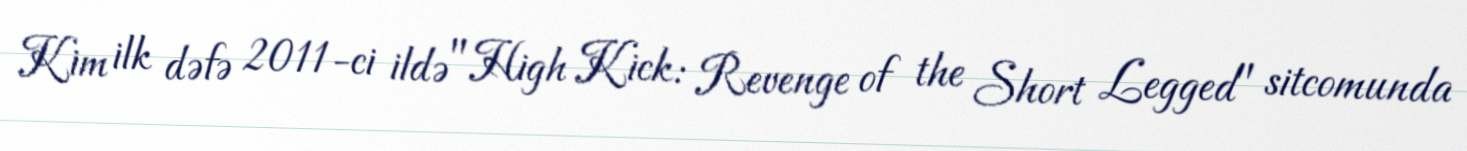
Kim ilk dəfə 2011-ci ildə "High Kick: Revenge of the Short Legged" sitcomunda